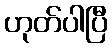
ဟုတ်ပါပြီ